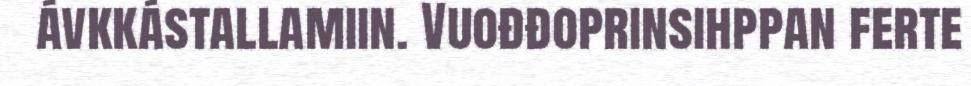
ávkkástallamiin. Vuođđoprinsihppan ferte